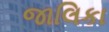
જાલિકા